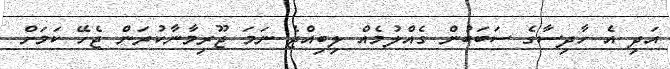
އަދި އެ ހާދިސާގެ ސަބަބުން ގެއްލުމެއް ލިބިއްޖެ ނަމަ ޖޫރިމާނާކުރަން ޖެހޭ ކަމަށް